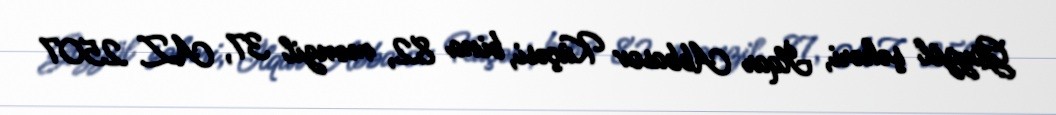
Göygöl şəhəri, İlqar Abbasov Küçəsi, bina 82, mənzil 37, AZ 2507